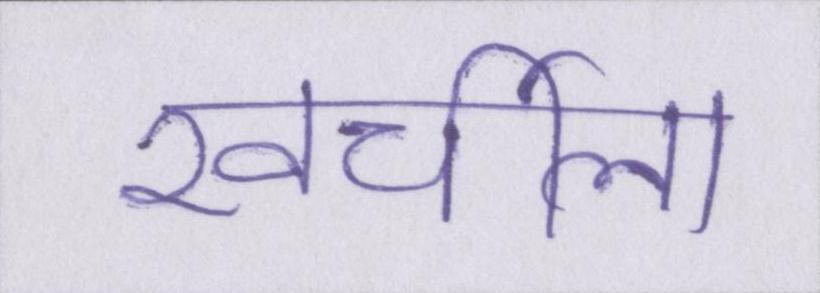
खर्चीला